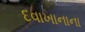
દવાખાનાના